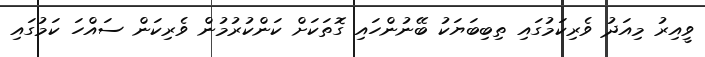
ވީއިރު މިއަދު ވެރިކަމުގައި ތިބިބަޔަކު ބޭނުންހައި ގޮތަކަށް ކަންކުރުމުން ވެރިކަން ސައްހަ ކަމުގައި